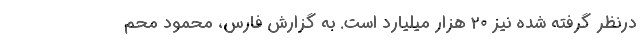
درنظر گرفته شده نیز ٢٠ هزار میلیارد است. به گزارش فارس، محمود محم